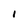
Character: 1